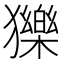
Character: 𤢴